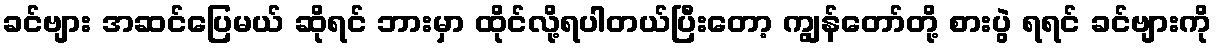
ခင်ဗျား အဆင်ပြေမယ် ဆိုရင် ဘားမှာ ထိုင်လို့ရပါတယ်ပြီးတော့ ကျွန်တော်တို့ စားပွဲ ရရင် ခင်ဗျားကို